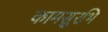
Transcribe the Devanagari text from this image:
कामसुरभि